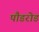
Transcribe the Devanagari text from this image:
पौडरोड